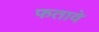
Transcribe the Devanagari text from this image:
फतावे